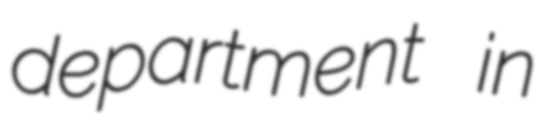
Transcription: department in